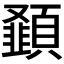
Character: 𮨝